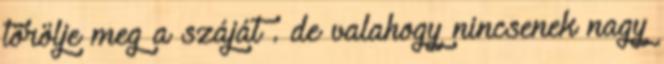
törölje meg a száját . de valahogy nincsenek nagy